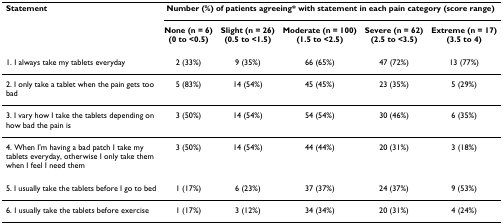
<table><thead><tr><td><b>Statement</b></td><td colspan="5"><b>Number (%) of patients agreeing* with statement in each pain category (score range)</b></td></tr><tr><td></td><td><b>None (n = 6)(0 to &lt;0.5)</b></td><td><b>Slight (n = 26)(0.5 to &lt;1.5)</b></td><td><b>Moderate (n = 100)(1.5 to &lt;2.5)</b></td><td><b>Severe (n = 62)(2.5 to &lt;3.5)</b></td><td><b>Extreme (n = 17)(3.5 to 4)</b></td></tr></thead><tbody><tr><td>1. I always take my tablets everyday</td><td>2 (33%)</td><td>9 (35%)</td><td>66 (65%)</td><td>47 (72%)</td><td>13 (77%)</td></tr><tr><td>2. I only take a tablet when the pain gets too bad</td><td>5 (83%)</td><td>14 (54%)</td><td>45 (45%)</td><td>23 (35%)</td><td>5 (29%)</td></tr><tr><td>3. I vary how I take the tablets depending on how bad the pain is</td><td>3 (50%)</td><td>14 (54%)</td><td>54 (54%)</td><td>30 (46%)</td><td>6 (35%)</td></tr><tr><td>4. When I&#x27;m having a bad patch I take my tablets everyday, otherwise I only take them when I feel I need them</td><td>3 (50%)</td><td>14 (54%)</td><td>44 (44%)</td><td>20 (31%)</td><td>3 (18%)</td></tr><tr><td>5. I usually take the tablets before I go to bed</td><td>1 (17%)</td><td>6 (23%)</td><td>37 (37%)</td><td>24 (37%)</td><td>9 (53%)</td></tr><tr><td>6. I usually take the tablets before exercise</td><td>1 (17%)</td><td>3 (12%)</td><td>34 (34%)</td><td>20 (31%)</td><td>4 (24%)</td></tr></tbody></table>